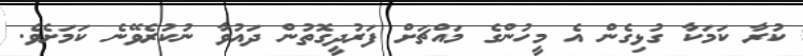
ކުރާ ކަމަކާ ގުޅިގެން އެ މީހުންގެ މައްޗަށް ފަރުދީގޮތުން ދައުވާ ނުކުރެވޭނެ ކަމަށެވެ.